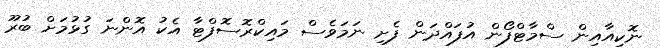
ނޮކިއާއިން ސްމާޓްފޯން އުފައްދަން ފެށި ނަމަވެސް މައިކްރޮސޮފްޓާ އެކު އޮންނަ ގުޅުމަށް ބުރޫ